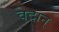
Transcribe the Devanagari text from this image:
वेदान्